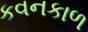
કવનકાળ